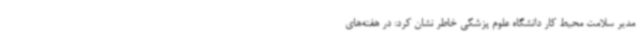
مدیر سلامت محیط کار دانشگاه علوم پزشکی خاطر نشان کرد: در هفته‌های